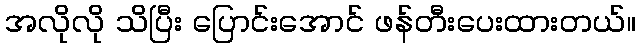
အလိုလို သိပြီး ပြောင်းအောင် ဖန်တီးပေးထားတယ်။